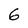
Character: 6